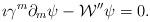
LaTeX: \begin{align*}\imath \gamma^{m} \partial_{m} \psi - {\cal W}'' \psi =0.\end{align*}